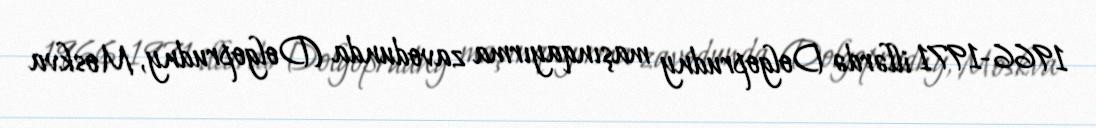
1966-1971 illərdə Dolgoprudny maşınqayırma zavodunda (Dolgoprudny, Moskva